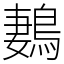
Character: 鶈